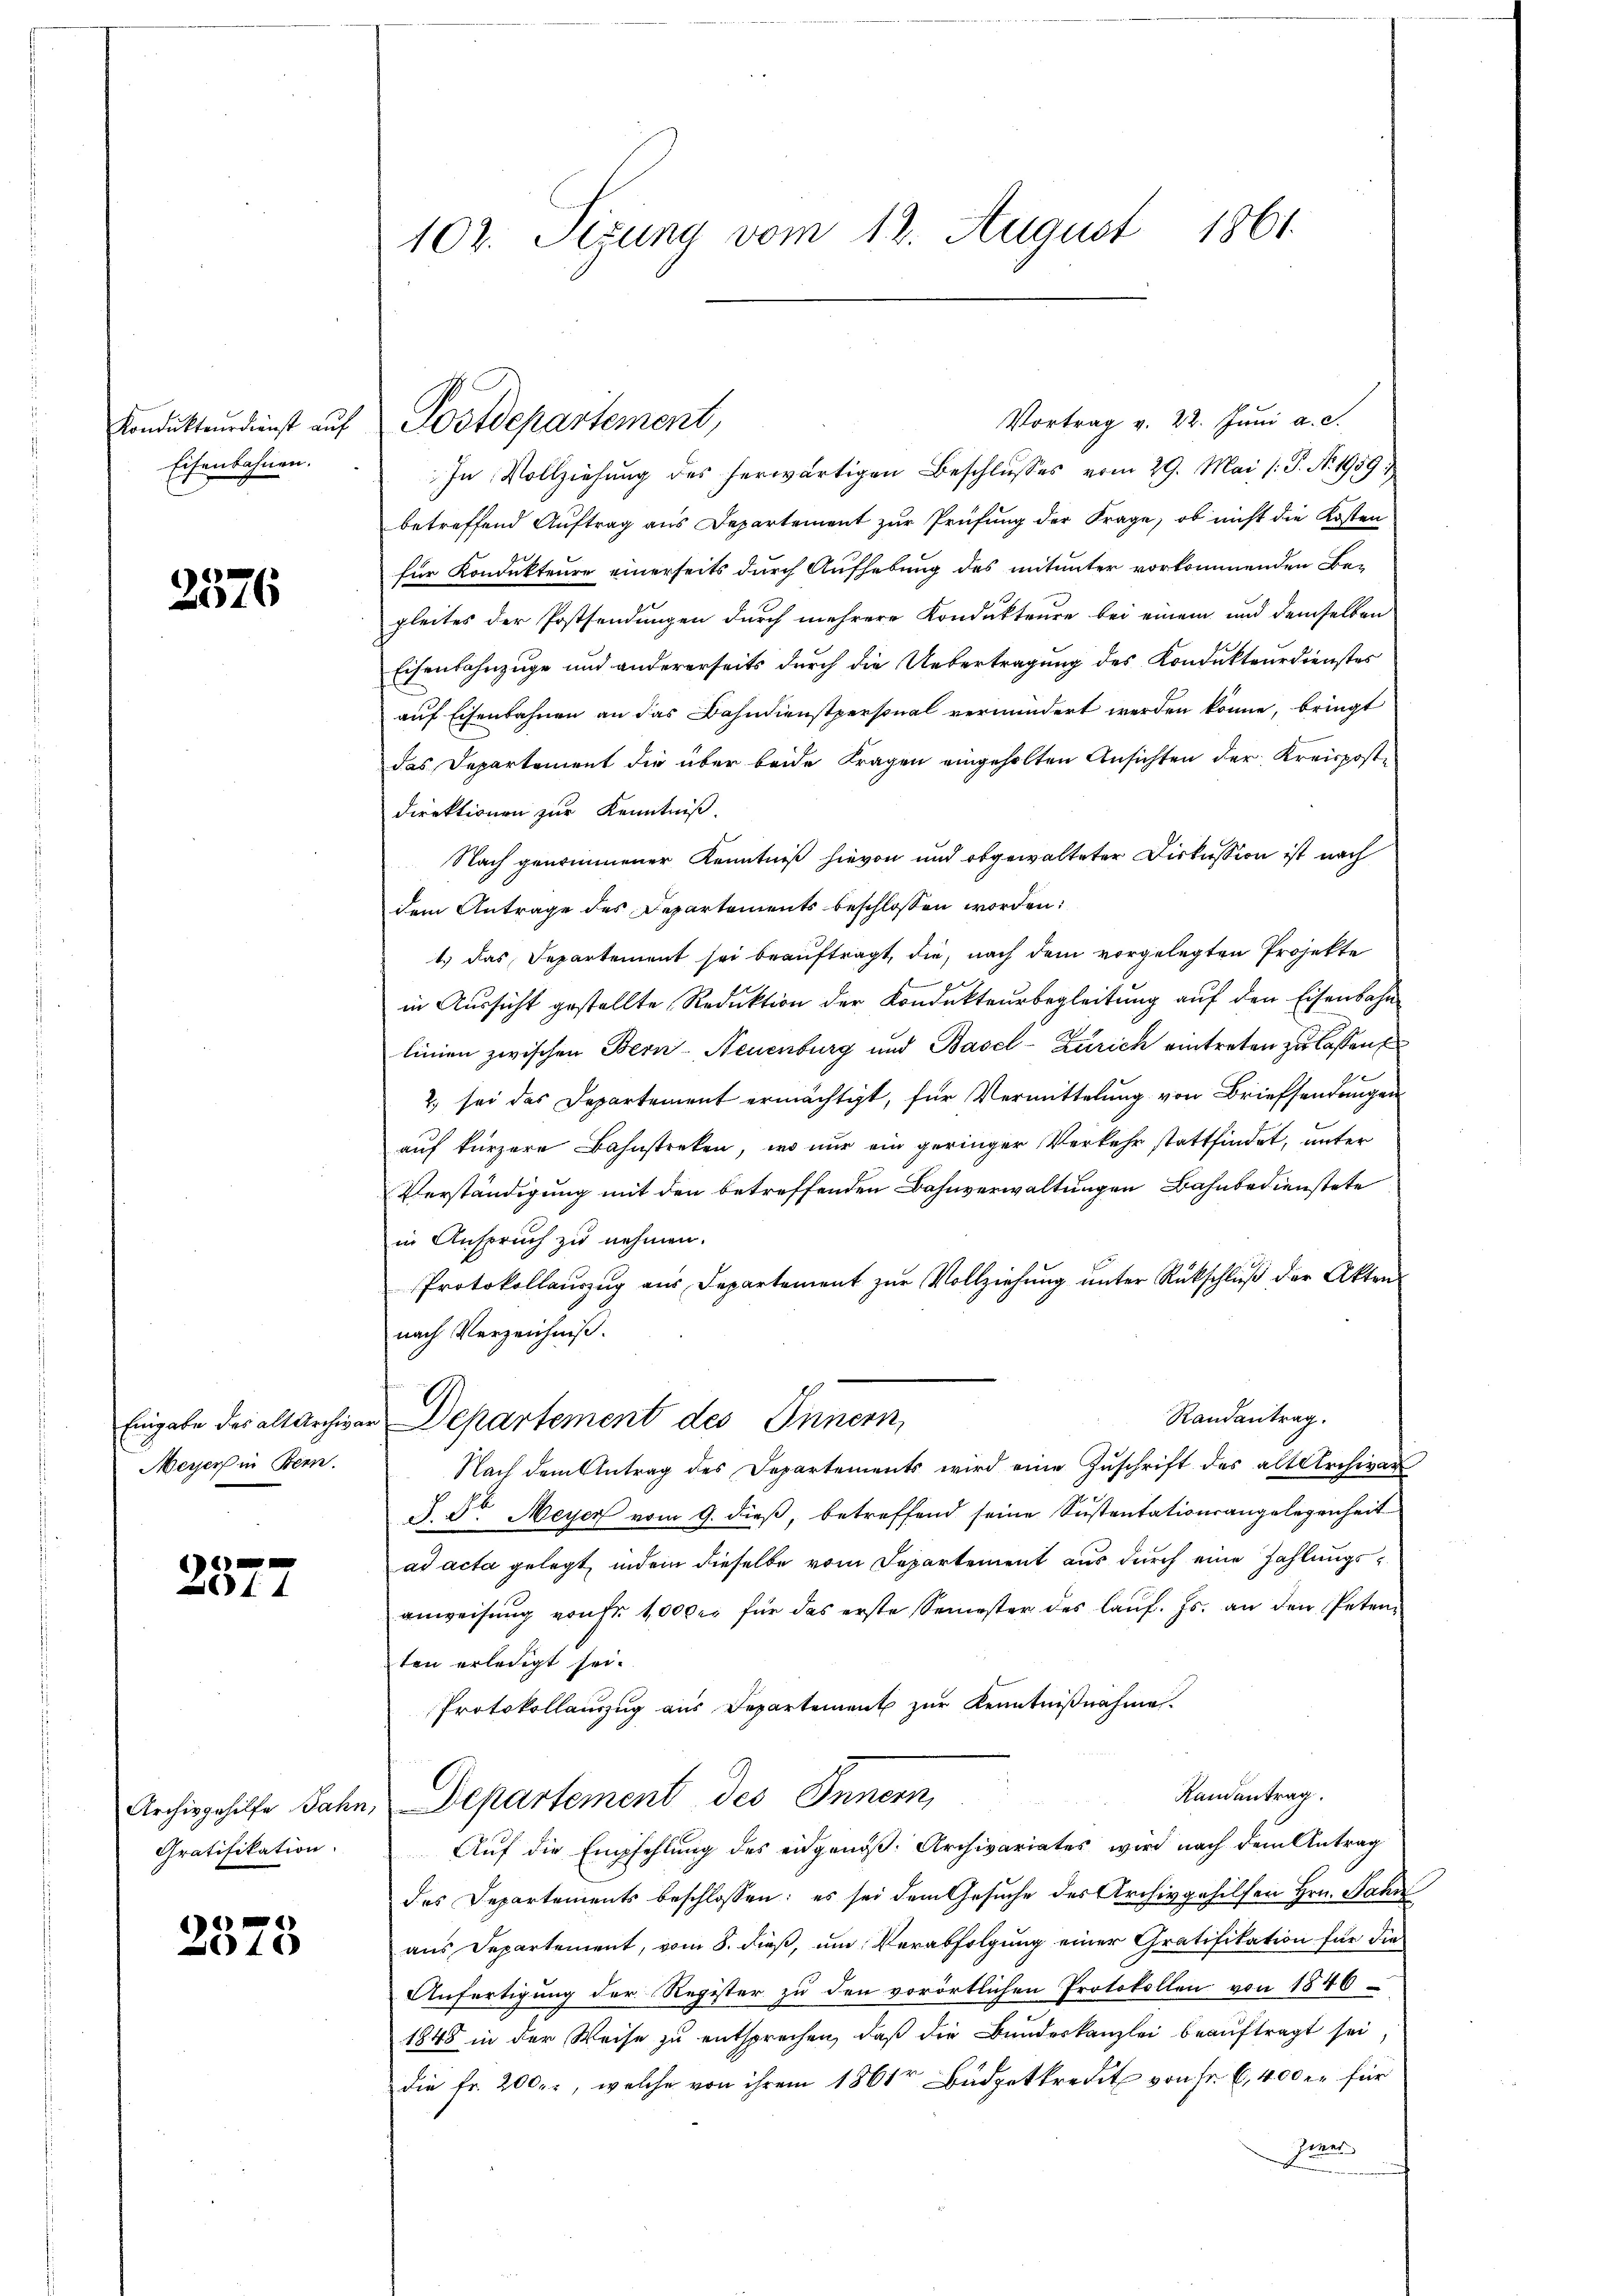
Kondukteurdienst auf
Eisenbahnen.

2576

Meyer in Bern.

t
f

Gratifikation.

2375

102. Sizung vom 12. August 1861.

Vortrag v. 22. Juni a. c.
In Vollziehŭng des herwärtigen Beschlŭsses vom 29. Mai /: P. N. 1959;
betreffend Auftrag aus Departement zur Prüfung der Frage, ob nicht die Kosten
für Kondukteure einerseits durch Aufhebung des mitunter vorkommenden Be-
gleites der Postsendungen durch mehrere Kondukteure bei einem und demselben
Eisenbahnzüge und andererseits durch die Uebertragung des Kondukteurdienstes
auf Eisenbahnen an das Bahndienstpersonal vermindert werden könne, bringt
das Departement die über beide Fragen eingeholten Ansichten der Kreisposte
direktionen zur Kenntniß.
Nach genommener Kenntniß hievon und obgewalteter Diskussion ist nach
dem Antrage des Departements beschlossen worden:
1.) Das Departement sei beauftragt, die, nach dem vorgelegten Projekte
in Aussicht gestellte Reduktion der Kondukteurbegleitung auf den Eisenbahn
linien zwischen Bern-Neuenburg und Basel-Zürich eintreten zu lassen
2. sei das Departement ermächtigt, für Vermittelung von Brieffendungen
auf kürzere Bahnstreken, wo nur ein geringer Verkehr stattfindet, unter
Verständigung mit den betreffenden Bahnverwaltungen Bahnbedienstete
in Anspruch zu nehmen.
Protokollauszug aus Departement zur Vollziehung unter Rückschluß der Akten
nach Verzeichniß.
Randantrag.
Eingabe des altarchivar Departement des Innern,
Nach dem Antrag des Departements wird eine Zŭschrift des altarchivar
d. Dr. Meyer vom 9. dieß, betreffend seine Sustentationsangelegenheit
ad acta gelegt, indem dieselbe vom Departement aus durch eine Zahlungsanweisung von Fr. 1000 er für das erste Semester des laŭf. Js. an den Petenten erledigt sei.
Protokollaŭszŭg aŭs Departement zŭr Kenntniβnahme.
Randantrag.
Archivgehilfe Jahn, Departement des Innern,
Auf die Empfehlung des eidgenöß. Archivariates wird nach dem Antrag
des Departements beschlossen: es sei dem Gesuche des Archivgehilfen Hrn. Jann
aus Departement, vom 8. dieß, um Verabfolgung einer Gratifikation für die
Anfertigung der Register zu den vorörtlichen Protokollen von 1846
1848 in der Weise zu entsprechen, daß die Bundeskanzlei beauftragt sei
die Fr. 2000., welche von ihrem 1861r Büdgetkredit von Fr. 6, 400 er für
Zies

Postdepartement,